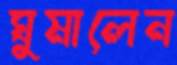
ঘুমালেন